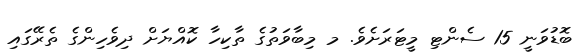
ބޮޑުވަނީ 15 ސެންޓި މީޓަރަށެވެ. މ މިބާވަތުގެ ތާކިހާ ކޮއްޔަށް ދިވެހިންގެ ތެރޭގައި